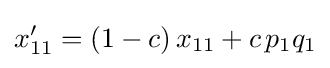
x_{11}'=(1-c)\,x_{11}+c\,p_{1}q_{1}